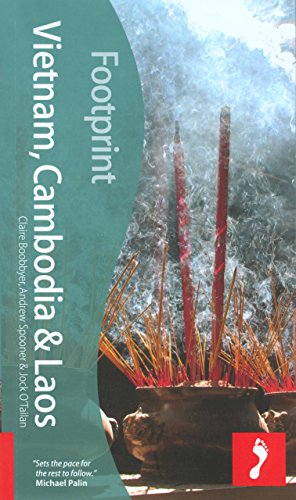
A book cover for Vietnam, Cambodia & Laos, 2nd: Tread Your Own Path (Footprint - Travel Guides); Claire Boobbyer; Travel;